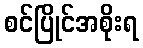
စင်ပြိုင်အစိုးရ